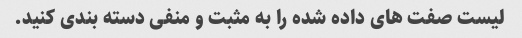
لیست صفت های داده شده را به مثبت و منفی دسته بندی کنید.